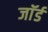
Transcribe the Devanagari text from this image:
जाॅर्ड